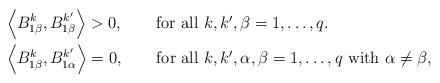
LaTeX: \begin{align*}&\left<B_{1\beta}^{k},B_{1\beta}^{k'}\right>>0,\quad\quad\mbox{for all $k,k',\beta=1,\dots,q$.}\\& \left<B_{1\beta}^{k},B_{1\alpha}^{k'}\right>=0 ,\quad\quad\mbox{for all $k,k',\alpha,\beta=1,\dots,q$ with $\alpha\neq\beta$,}\end{align*}